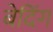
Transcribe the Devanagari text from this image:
बेदिंग